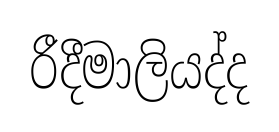
රීදීමාලියද්ද